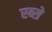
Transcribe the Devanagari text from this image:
स्ब्से